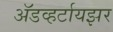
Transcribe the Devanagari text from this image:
अॅडव्हर्टायझर